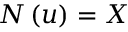
N \left( u \right) = X